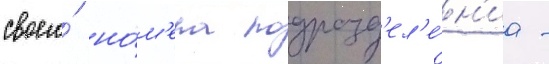
своего́ но́м'ера подразд'ел'е́н'иа -